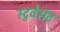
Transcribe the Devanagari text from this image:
स्टुवेसंट